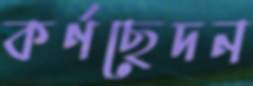
কর্ণছেদন